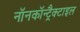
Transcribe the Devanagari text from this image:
नॉनकॉन्ट्रैक्टाइल